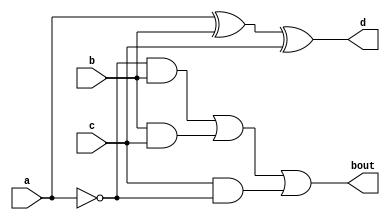
`timescale 1ns / 1ps
//////////////////////////////////////////////////////////////////////////////////
// Company: 
// Engineer: 
// 
// Design Name: 
// Module Name:    fullsubtractor_df 
// Project Name: 
// Target Devices: 
// Tool versions: 
// Description: 
//
// Dependencies: 
//
// Revision: 
// Revision 0.01 - File Created
// Additional Comments: 
//
//////////////////////////////////////////////////////////////////////////////////
module fullsubtractor_df(
    input a,b,c,
    output d,bout
    );
wire p;
assign d=a^b^c;
assign p=~a;
assign bout=(p&b) | (b&c) | (c&p);

endmodule